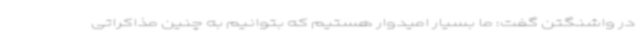
در واشنگتن گفت: ما بسیار امیدوار هستیم که بتوانیم به چنین مذاکراتی